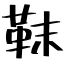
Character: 靺